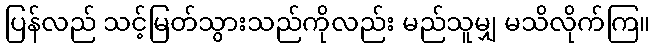
ပြန်လည် သင့်မြတ်သွားသည်ကိုလည်း မည်သူမျှ မသိလိုက်ကြ။